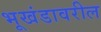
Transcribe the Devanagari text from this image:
भूखंडावरील